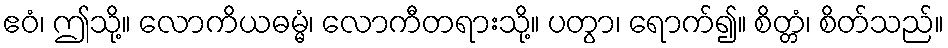
ဧဝံ၊ ဤသို့။ လောကိယဓမ္မံ၊ လောကီတရားသို့။ ပတွာ၊ ရောက်၍။ စိတ္တံ၊ စိတ်သည်။